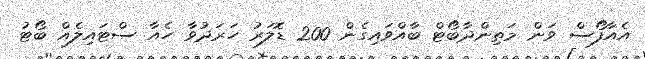
އެއާފޯސް ވަން މަތިންދާބޯޓް ބާއްވައިގެން 200 ޑޮލަރު ހަރަދުވާ ހެއާ ސްޓައިލެއް ބޯޓު